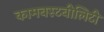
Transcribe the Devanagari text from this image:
कामबस्टबीलिटी